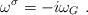
LaTeX: \begin{align*}\omega^\sigma = -i \omega_G~.\end{align*}